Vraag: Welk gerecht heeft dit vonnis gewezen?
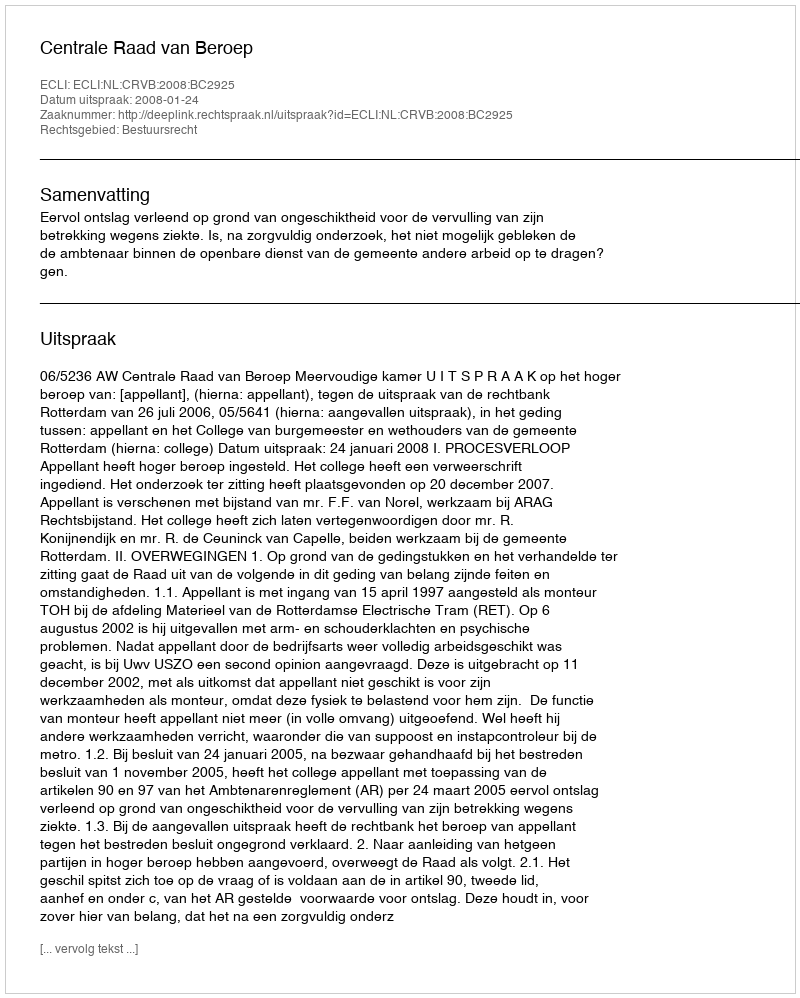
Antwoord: Centrale Raad van Beroep